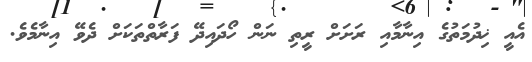
އެއީ ޚިދުމަތުގެ އިނާމާއި ރަށަށް ރީތި ނަން ހޯދައިދޭ ފަރާތްތަކަށް ދެވޭ އިނާމެވެ.